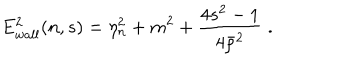
E _ { w a l l } ^ { 2 } ( n , s ) = \eta _ { n } ^ { 2 } + m ^ { 2 } + \frac { 4 s ^ { 2 } - 1 } { 4 \bar { \rho } ^ { 2 } } \; .